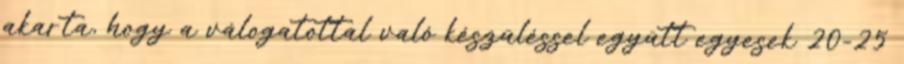
akarta, hogy a válogatottal való készüléssel együtt egyesek 20-25